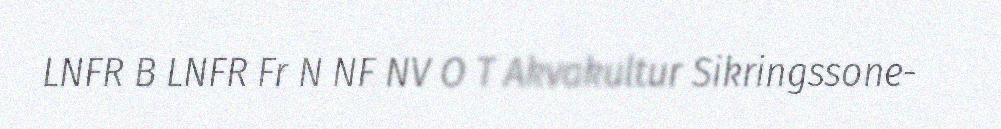
LNFR B LNFR Fr N NF NV O T Akvakultur Sikringssone-